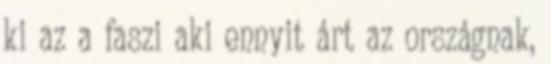
ki az a faszi aki ennyit árt az országnak,